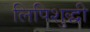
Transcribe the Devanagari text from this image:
लिपिशुद्धी